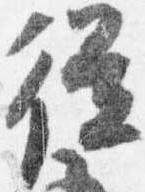
従